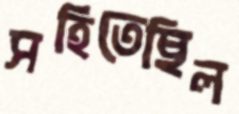
সহিতেছিল